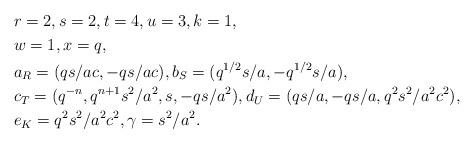
LaTeX: \begin{align*}&r=2,s=2, t=4, u=3,k=1,\\&w=1,x=q,\\&a_R=(qs/ac,-qs/ac),b_S=(q^{1/2}s/a,-q^{1/2}s/a),\\&c_T=(q^{-n},q^{n+1}s^2/a^2,s,-qs/a^2),d_U=(qs/a,-qs/a,q^2s^2/a^2c^2), \\&e_K=q^2s^2/a^2c^2,\gamma=s^2/a^2. \end{align*}